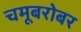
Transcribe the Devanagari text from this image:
चमूबरोबर